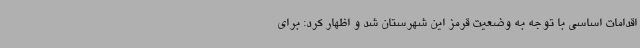
اقدامات اساسی با توجه به وضعیت قرمز این شهرستان شد و اظهار کرد: برای